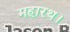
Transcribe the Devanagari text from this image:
महारथ।